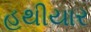
હથીયાર